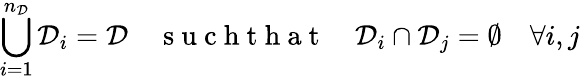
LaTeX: \bigcup_{i=1}^{n_{\mathcal{D}}}\mathcal{D}_{i}=\mathcal{D}\quad\mathrm{~s~u~c~h~t~h~a~t~}\quad\mathcal{D}_{i}\cap\mathcal{D}_{j}=\emptyset\quad\forall i,j